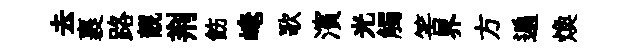
去裹路靚荆飭崦歌濱光觸筈界方遍煥